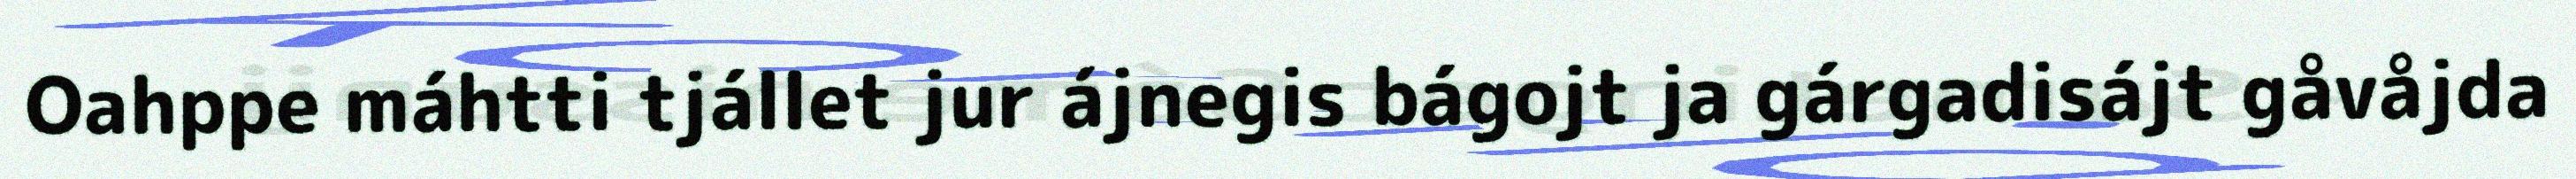
Oahppe máhtti tjállet jur ájnegis bágojt ja gárgadisájt gåvåjda